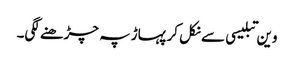
وین تبلیسی سے نکل کر پہاڑ پہ چڑھنے لگی۔